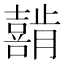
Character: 𰉇